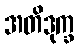
အတိဒုက္ခ